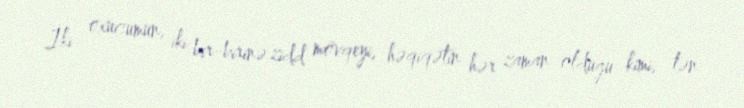
İki oxucumun, iki bir-birinə zidd mövqeyi, həqiqətin hər zaman olduğu kimi, tən